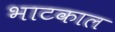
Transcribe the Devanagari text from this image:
भाटकाल